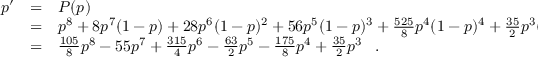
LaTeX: \begin{array} { r c l } { { p ^ { \prime } } } & { { = } } & { { P ( p ) } } \\ { { } } & { { = } } & { { p ^ { 8 } + 8 p ^ { 7 } ( 1 - p ) + 2 8 p ^ { 6 } ( 1 - p ) ^ { 2 } + 5 6 p ^ { 5 } ( 1 - p ) ^ { 3 } + \frac { 5 2 5 } { 8 } p ^ { 4 } ( 1 - p ) ^ { 4 } + \frac { 3 5 } { 2 } p ^ { 3 } ( 1 - p ) ^ { 5 } } } \\ { { } } & { { = } } & { { \frac { 1 0 5 } { 8 } p ^ { 8 } - 5 5 p ^ { 7 } + \frac { 3 1 5 } { 4 } p ^ { 6 } - \frac { 6 3 } { 2 } p ^ { 5 } - \frac { 1 7 5 } { 8 } p ^ { 4 } + \frac { 3 5 } { 2 } p ^ { 3 } \, \, \, \, \, . \, \, \, \, \, } } \end{array}